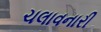
ચલાવનારી